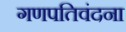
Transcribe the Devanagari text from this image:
गणपतिवंदना